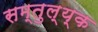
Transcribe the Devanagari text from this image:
सम्तुल्य्क